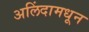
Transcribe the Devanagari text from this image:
अलिंदामधून